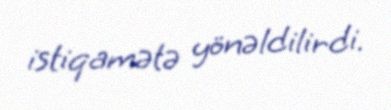
istiqamətə yönəldilirdi.